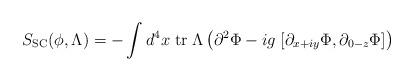
LaTeX: \begin{align*} S_{\rm SC}(\phi,\Lambda) = - \int d^4x \; {\rm tr} \; \Lambda \left( \partial^2 \Phi - i g \; [ \partial_{x+i y} \Phi, \partial_{0-z} \Phi ] \right)\end{align*}